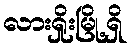
လားရှိုးမြို့ရှိ